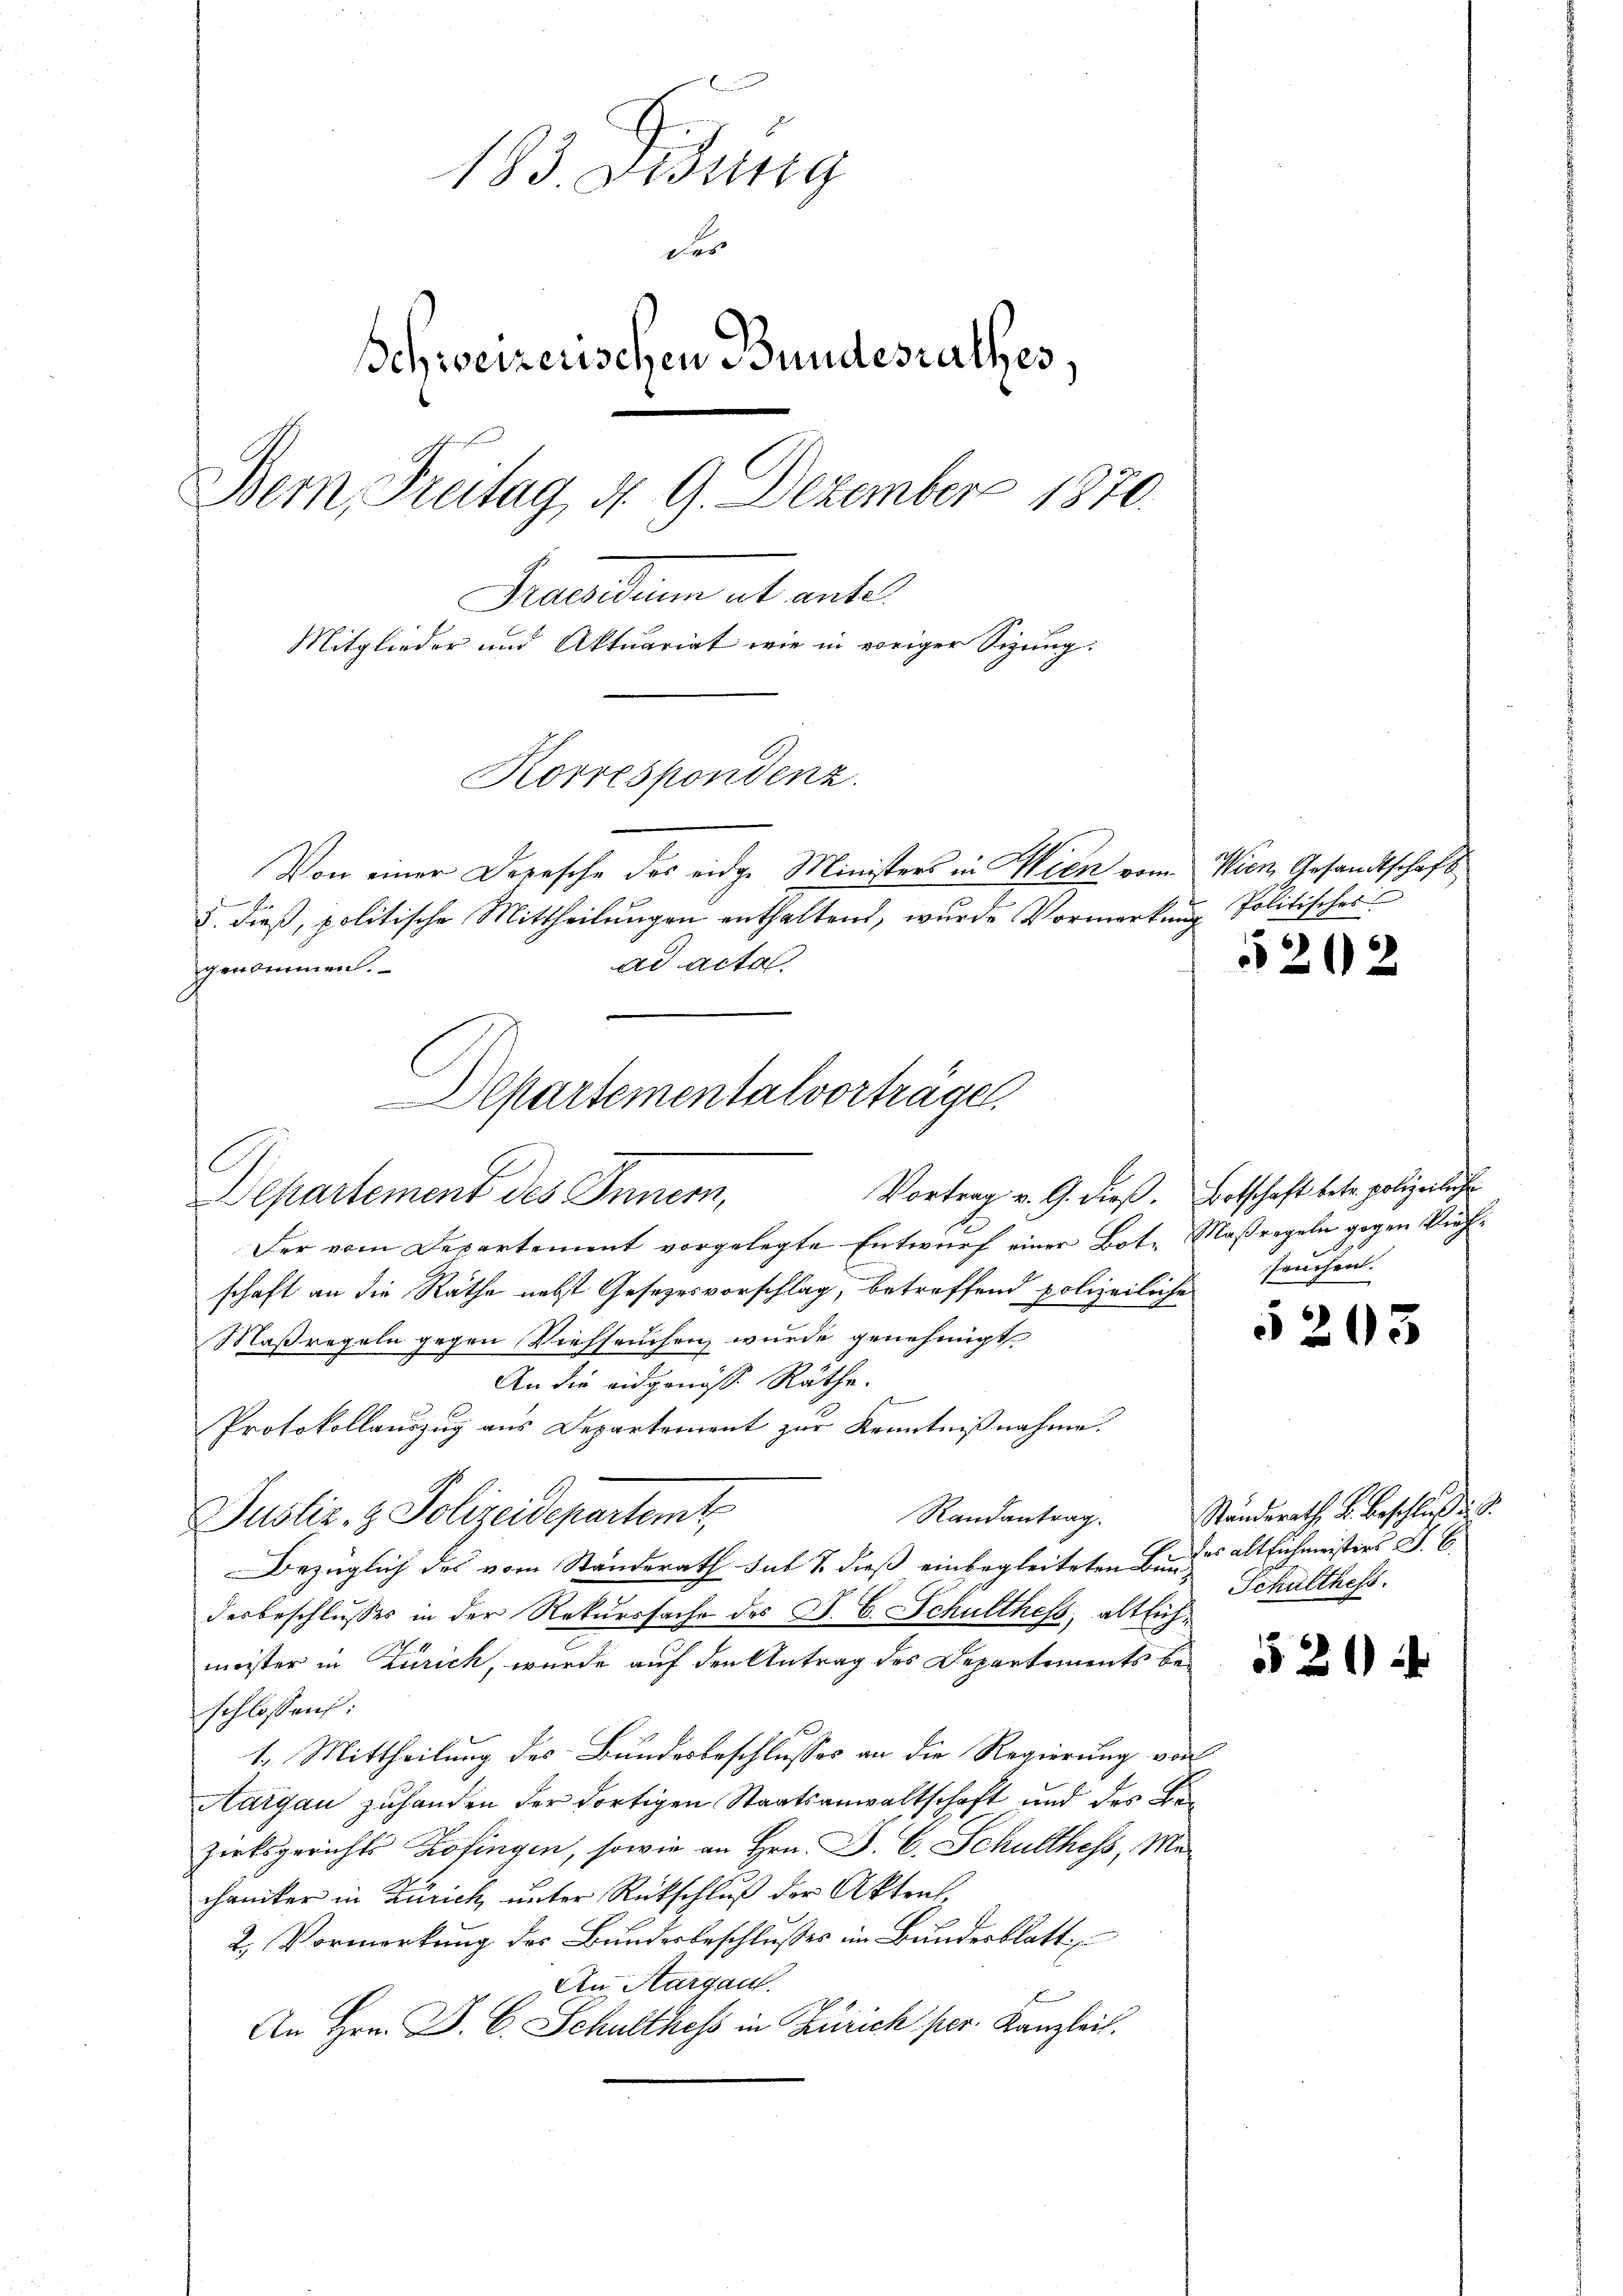
183. Fidung
der
Schweizerischen Bundesrathes.
Dein Freitag, d. 9. Dezember 1870.
Praesiduum et ante
Mitglieder und Aktuariat wie in voriger Sizung:
Korrespondenz.

3. dieß, politische Mittheilungen enthaltend, wurde Vormerkung Politisches
ad acta

Von einer Depesche des eidge Ministers in Wien vom Wien Gesandtschaft

J
genommen.
C
Vortrag v. G. dieß. Botschaft betr. polizeiliche
Departement des Innern,
Der vom Departement vorgelegte Entwurf einer Bote Maßregeln gegen Viehschaft an die Räthe nebst Gesezesvorschlag, betreffend polizeiliche
Maßregeln gegen Viehseuchen wurde genehmigt
An die eidgenöss. Räthe.
s
3. E
Protokollauszug aus Departement zur Kenntnißnahme.
Randantrag.
Justiz- & Polizeidepartemt
Bezüglich des vom Standerath sub S. dieß einbegleiteten Bandes altlichmeisters J. C.
desbeschlusses in der Rekurssache des J. C. Schulthess, altlichmeister in Zürich, wurde auf den Antrag des Departements beschlossen:
1. Mittheilung des Bundesbeschlusses an die Regierung von
Aargau zuhanden der dortigen Staatsanwaltschaft und des Bezirksgerichts Zofingen, sowie an Hrn. F. C. Schulthess, Mechaniker in Zürich unter Rückschluß der Aktraf¬
2. Vormerkung des Bundesbeschlusses im Bundesblatt
An Aargau.
An Hrn. P. C. Schulthess in Zürich per. Kanzleit.

Departementalvorträge

202

seuchen.

5203

Ständerath, u. Beschluß
Schulthess.

§ 20